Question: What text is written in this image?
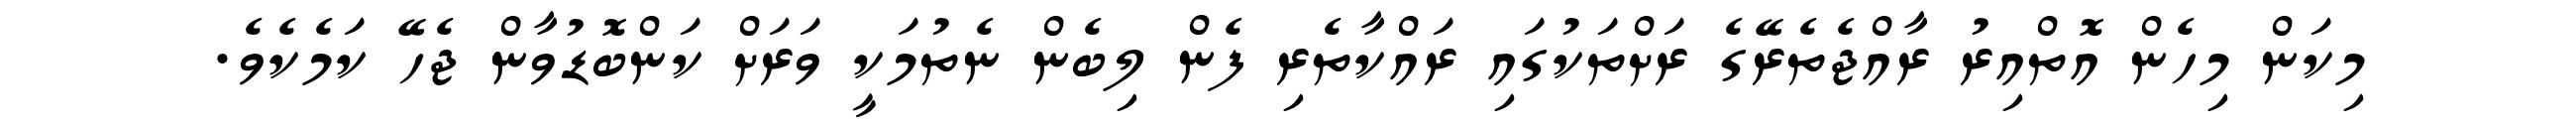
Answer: މިކަން މިހެން އޮތްއިރު ރާއްޖެތެރޭގެ ރަށްތަކުގައި ރައްކާތެރި ފެން ލިބެން ނެތުމަކީ ވަރަށް ކަންބޮޑުވާން ޖެހޭ ކަމެކެވެ.